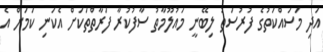
އަދި މަސައްކަތުގެ ފުރުސަތު ލިބޭނީ މައުލޫމާތު ސާފުކުރާ ފަރާތްތަކަށް އެކަނި ކަމަށް އެ